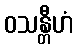
ဝသန္တီဟံ